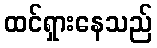
ထင်ရှားနေသည်